Leaving Certificate Examination, 1924
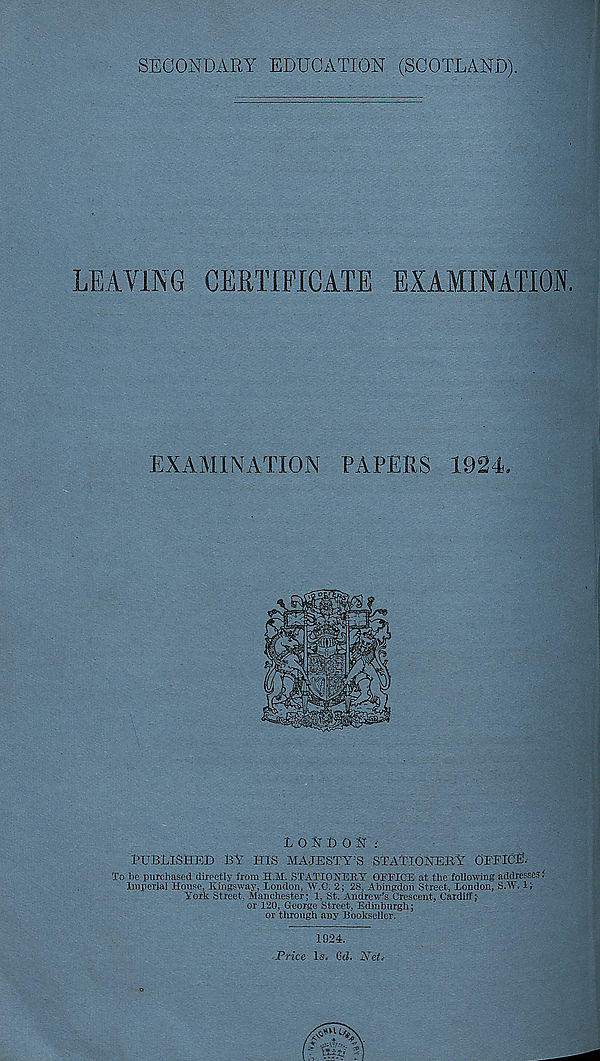
SECONDARY EDUCATION (SCOTLAND).
LEAVING CERTIFICATE EXAMINATION.
EXAMINATION PAPERS 1924.
LONDON:
PUBLISHED BY HIS MAJESTY’S STATIONERY OFFICE.
To he purchased directly from H.M. STATIONERY OFFICE at the following addresses i
Imperial House, Kingsway, London, W.C. 2; 28, Abingdon Street, London, S.W« 1;
York Street, Manchester; 1, St. Andrew's Crescent, Cardiff;-
or 120, George Street, Edinburgh;
or through any Bookseller.
1924.
Price Is.- Qd. Net*